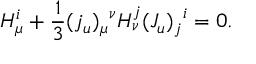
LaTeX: H _ { \mu } ^ { i } + { \frac { 1 } { 3 } } { ( j _ { u } ) _ { \mu } } ^ { \nu } H _ { \nu } ^ { j } { ( J _ { u } ) _ { j } } ^ { i } = 0 .